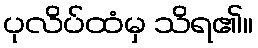
ပုလိပ်ထံမှ သိရ၏။